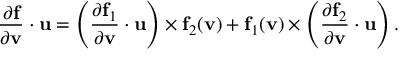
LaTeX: { \frac { \partial \mathbf { f } } { \partial \mathbf { v } } } \cdot \mathbf { u } = \left( { \frac { \partial \mathbf { f } _ { 1 } } { \partial \mathbf { v } } } \cdot \mathbf { u } \right) \times \mathbf { f } _ { 2 } ( \mathbf { v } ) + \mathbf { f } _ { 1 } ( \mathbf { v } ) \times \left( { \frac { \partial \mathbf { f } _ { 2 } } { \partial \mathbf { v } } } \cdot \mathbf { u } \right) .